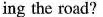
ing the road?